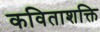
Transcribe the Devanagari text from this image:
कविताशक्ति